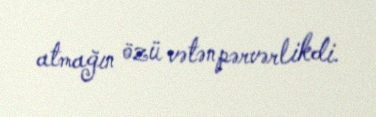
atmağın özü vətənpərvərlikdi.